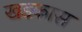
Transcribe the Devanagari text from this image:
खडकास